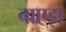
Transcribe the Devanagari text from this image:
वाएझ